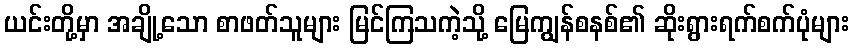
ယင်းတို့မှာ အချို့သော စာဖတ်သူများ မြင်ကြသကဲ့သို့ မြေကျွန်စနစ်၏ ဆိုးရွားရက်စက်ပုံများ